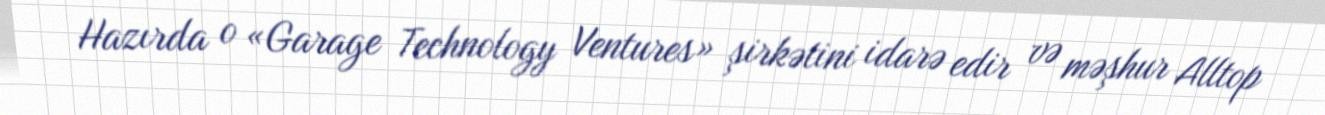
Hazırda o «Garage Technology Ventures» şirkətini idarə edir və məşhur Alltop